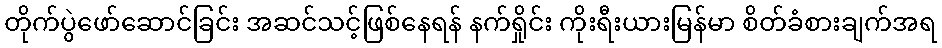
တိုက်ပွဲဖော်ဆောင်ခြင်း အဆင်သင့်ဖြစ်နေရန် နက်ရှိုင်း ကိုးရီးယားမြန်မာ စိတ်ခံစားချက်အရ